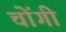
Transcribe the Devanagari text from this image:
चोंगी